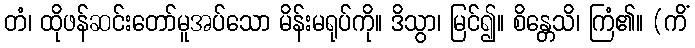
တံ၊ ထိုဖန်ဆင်းတော်မူအပ်သော မိန်းမရုပ်ကို။ ဒိသွာ၊ မြင်၍။ စိန္တေသိ၊ ကြံ၏။ (ကိံ